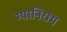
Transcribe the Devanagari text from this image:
ग्यानिराम